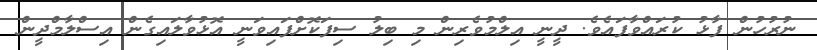
ނުރުހުން ފާޅު ކުރައްވާފައެވެ. ދީނީ އިލްމުވެރިން މި ބިލު ސިފަކޮށްފައިވަނީ އޮޅުވާލައިގެން އިސްލާމްދީން